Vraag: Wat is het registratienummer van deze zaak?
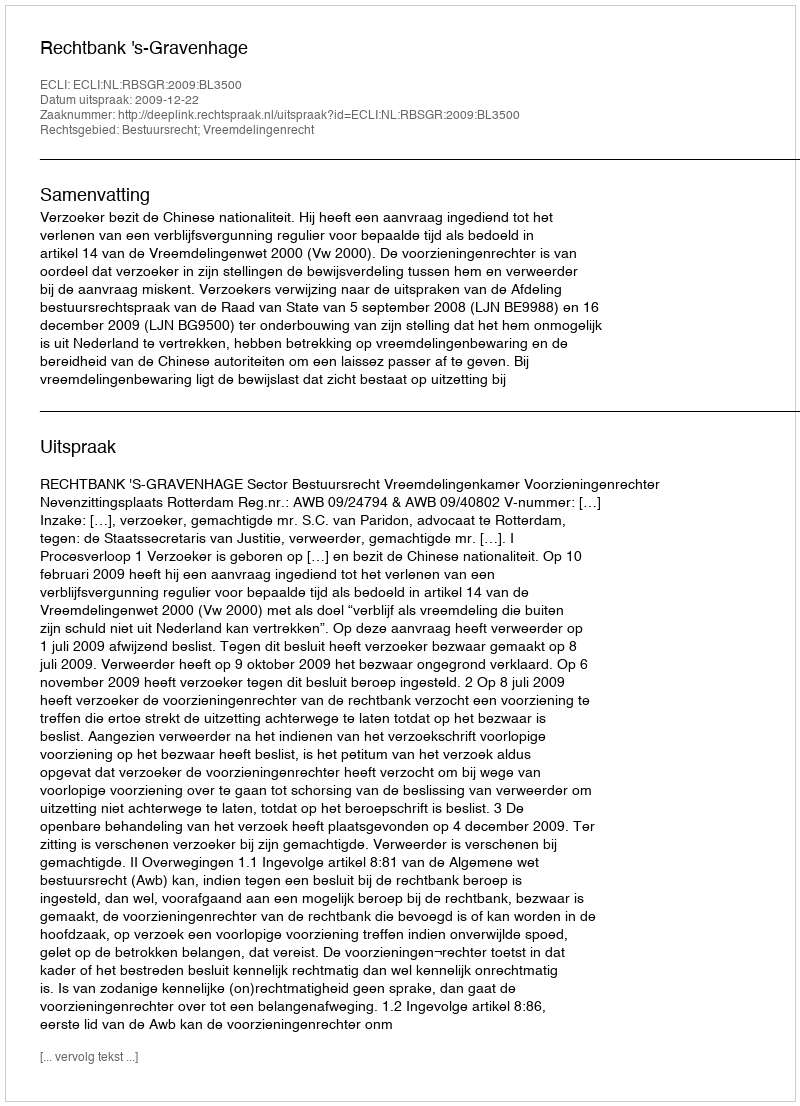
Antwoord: http://deeplink.rechtspraak.nl/uitspraak?id=ECLI:NL:RBSGR:2009:BL3500